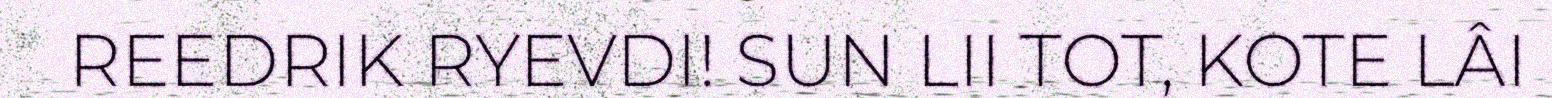
REEDRIK RYEVDI! SUN LII TOT, KOTE LÂI